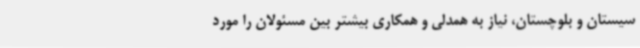
سیستان و بلوچستان، نیاز به همدلی و همکاری بیشتر بین مسئولان را مورد